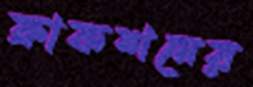
ফ্রাকশনের